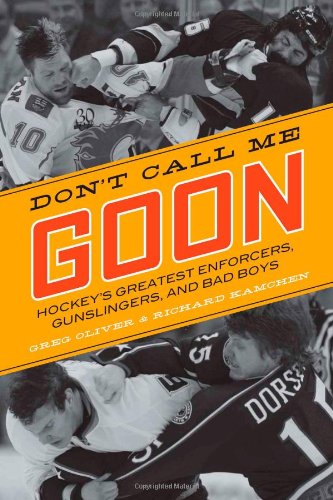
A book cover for Don't Call Me Goon: Hockey's Greatest Enforcers, Gunslingers, and Bad Boys; Greg Oliver; Biographies & Memoirs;